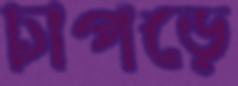
চাপড়ে